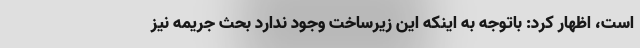
است، اظهار کرد: باتوجه به اینکه این زیرساخت وجود ندارد بحث جریمه نیز